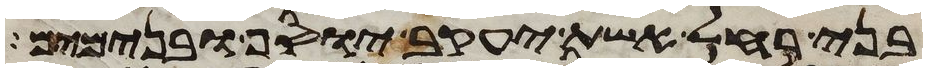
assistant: בני רחל אשת יעקב יוסף ובנימים